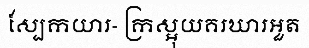
ស្បែកយារ- ក្រស្អុយគរឃារអួត